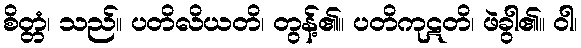
စိတ္တံ၊ သည်။ ပတိလိယတိ၊ တွန့်၏။ ပတိကုဋတိ၊ ဖဲခွါ၏။ ဝါ၊